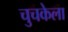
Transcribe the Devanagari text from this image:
चुचकेला